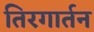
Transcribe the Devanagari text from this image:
तिरगार्तन